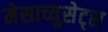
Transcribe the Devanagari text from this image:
मेसाच्युसेट्स